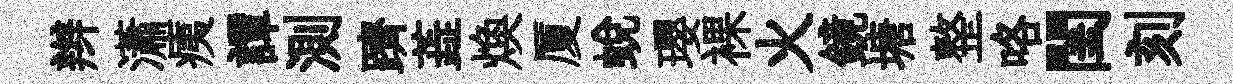
辫瀟痍譚測躋蕋焕厦蛻瓔裸火鏡塘整咯閨刻